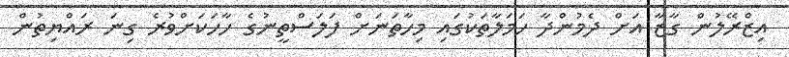
އިޒްރޭލުން ގާޒާ އަށް ދެމުންދާ ހަމަލާތަކުގައި މިހާތަނަށް ފަލަސްތީނުގެ ހާހަކަށްވުރެ ގިނަ ރައްޔިތުން